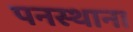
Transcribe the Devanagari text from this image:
पनस्थाना